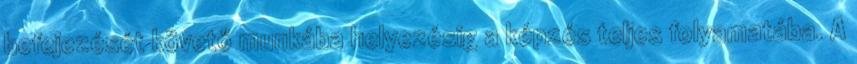
befejezését követő munkába helyezésig a képzés teljes folyamatába. A